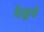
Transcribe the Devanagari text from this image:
वेळूचे